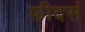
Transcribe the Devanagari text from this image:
फ़ीदर्स